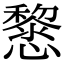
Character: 𢤂